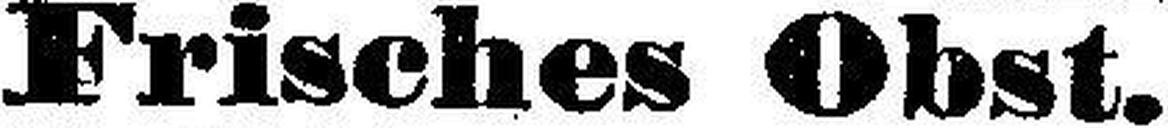
Frisches Obst.